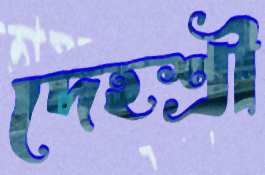
দেহশ্রী